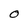
Character: O